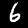
Digit: 6